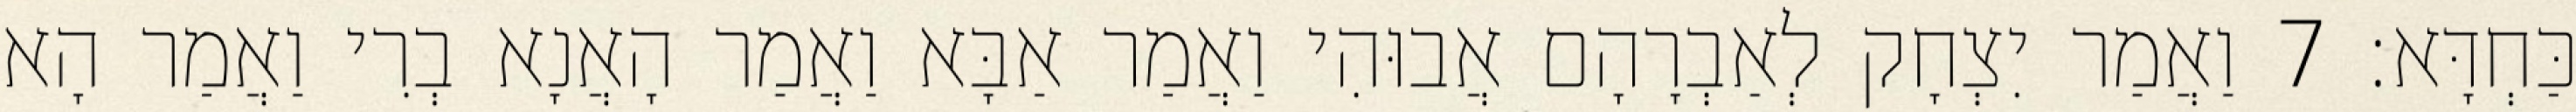
כַּחְדָּא׃ 7 וַאֲמַר יִצְחָק לְאַבְרָהָם אֲבוּהִי וַאֲמַר אַבָּא וַאֲמַר הָאֲנָא בְרִי וַאֲמַר הָא